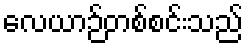
လေယာဉ်တစ်စင်းသည်